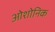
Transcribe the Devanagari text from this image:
ओशोनिक